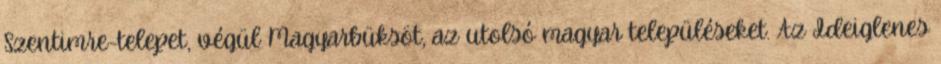
Szentimre-telepet, végül Magyarbüksöt, az utolsó magyar településeket. Az Ideiglenes